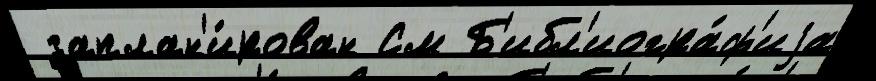
 заплан'и́рован См Б'ибл'иогра́ф'иjа